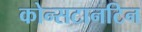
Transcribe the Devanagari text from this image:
कोन्सटानटिन